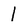
Character: l